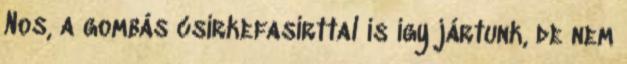
Nos, a gombás csirkefasírttal is így jártunk, de nem